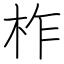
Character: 柞